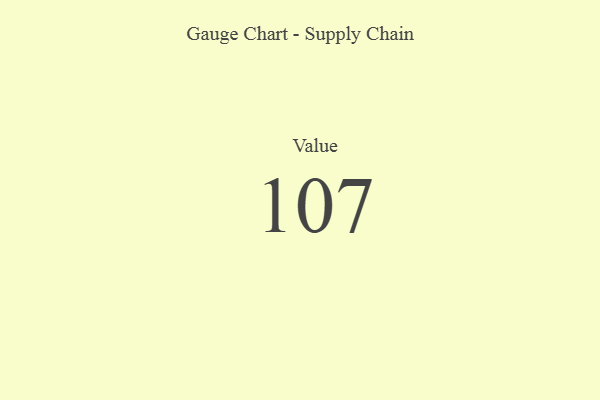
{"axis": {"x": "Metric", "y": "Value"}, "legend": [""], "data": [{"x": "Value", "y": 107, "type": ""}]}